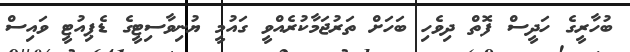
ބުހާރީގެ ހަދީސް ފޮތް ދިވެހި ބަހަށް ތަރުޖަމާކުރެއްވީ ގައުމީ ޔުނިވާސިޓީގެ ޑެޕިއުޓީ ވައިސް